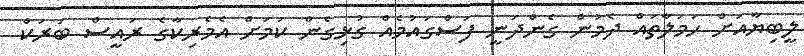
ލީބިޔާއަށް ހަމަލާތައް ދެމުން ގެންދަނީ ފަސްގައުމެއް ގުޅިގެން ކަމަށް އެމެރިކާގެ ރައީސް ބަރަކް